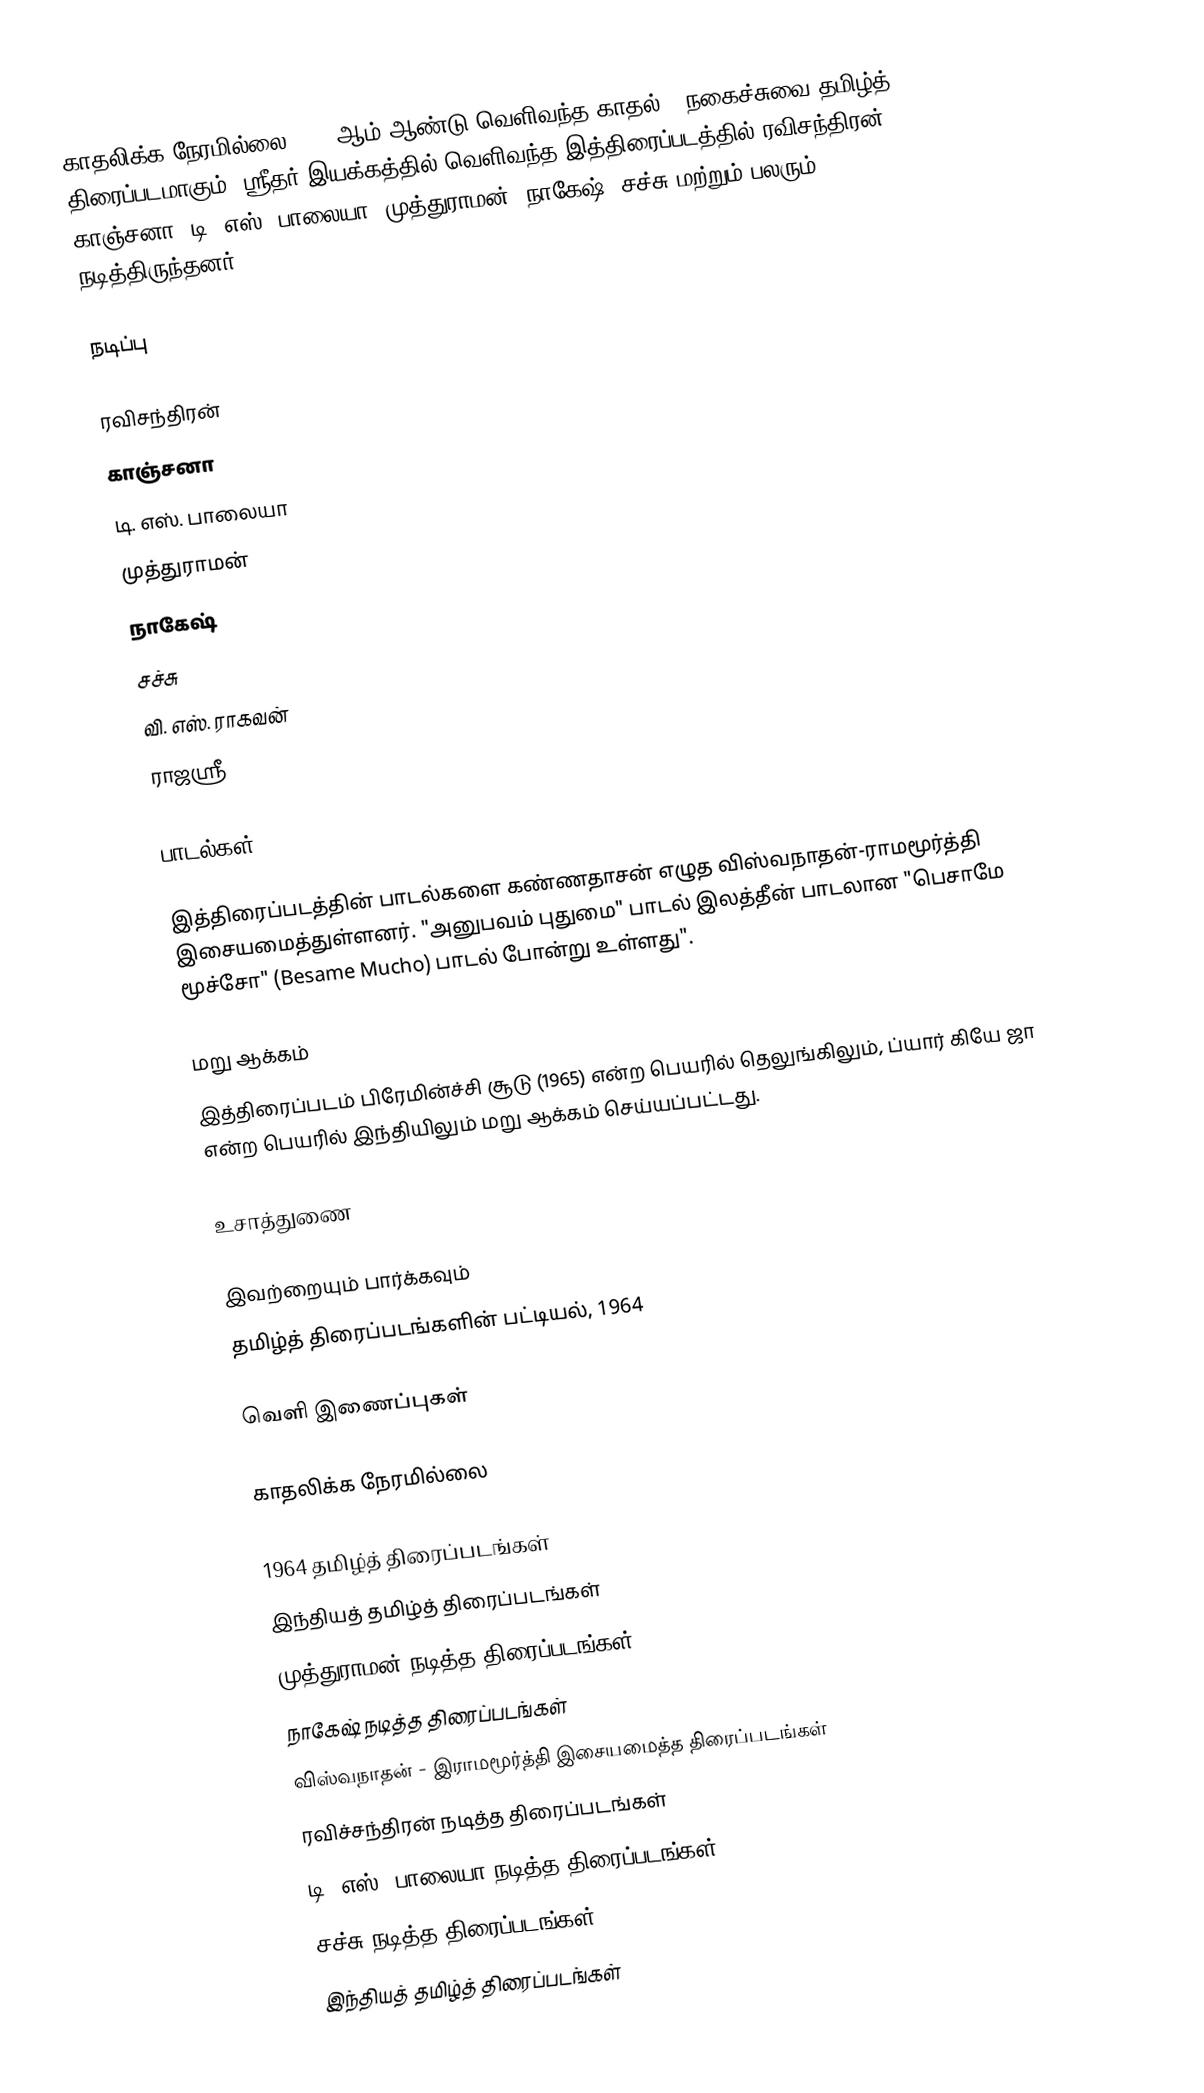
காதலிக்க நேரமில்லை 1964 ஆம் ஆண்டு வெளிவந்த காதல் - நகைச்சுவை தமிழ்த் திரைப்படமாகும். ஸ்ரீதர் இயக்கத்தில் வெளிவந்த இத்திரைப்படத்தில் ரவிசந்திரன், காஞ்சனா, டி. எஸ். பாலையா, முத்துராமன், நாகேஷ், சச்சு மற்றும் பலரும் நடித்திருந்தனர்.

நடிப்பு

 ரவிசந்திரன்
 காஞ்சனா
 டி. எஸ். பாலையா
 முத்துராமன்
 நாகேஷ்
 சச்சு
 வி. எஸ். ராகவன்
 ராஜஸ்ரீ

பாடல்கள்

இத்திரைப்படத்தின் பாடல்களை கண்ணதாசன் எழுத விஸ்வநாதன்-ராமமூர்த்தி இசையமைத்துள்ளனர். "அனுபவம் புதுமை" பாடல் இலத்தீன் பாடலான "பெசாமே மூச்சோ" (Besame Mucho) பாடல் போன்று உள்ளது".

மறு ஆக்கம்
இத்திரைப்படம் பிரேமின்ச்சி சூடு (1965) என்ற பெயரில் தெலுங்கிலும், ப்யார் கியே ஜா என்ற பெயரில் இந்தியிலும் மறு ஆக்கம் செய்யப்பட்டது.

உசாத்துணை

இவற்றையும் பார்க்கவும்
 தமிழ்த் திரைப்படங்களின் பட்டியல், 1964

வெளி இணைப்புகள்

 காதலிக்க நேரமில்லை

1964 தமிழ்த் திரைப்படங்கள்
இந்தியத் தமிழ்த் திரைப்படங்கள்
முத்துராமன் நடித்த திரைப்படங்கள்
நாகேஷ் நடித்த திரைப்படங்கள்
விஸ்வநாதன் - இராமமூர்த்தி இசையமைத்த திரைப்படங்கள்
ரவிச்சந்திரன் நடித்த திரைப்படங்கள்
டி. எஸ். பாலையா நடித்த திரைப்படங்கள்
சச்சு நடித்த திரைப்படங்கள்
இந்தியத் தமிழ்த் திரைப்படங்கள்